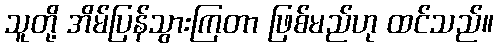
သူတို့ အိမ်ပြန်သွားကြတာ ဖြစ်မည်ဟု ထင်သည်။